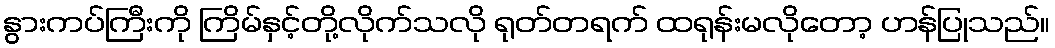
နွားကပ်ကြီးကို ကြိမ်နှင့်တို့လိုက်သလို ရုတ်တရက် ထရုန်းမလိုတော့ ဟန်ပြုသည်။